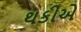
થકીએ